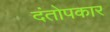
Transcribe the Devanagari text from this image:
दंतोपकार